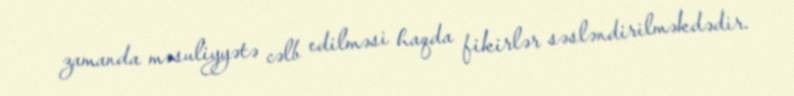
zamanda məsuliyyətə cəlb edilməsi haqda fikirlər səsləndirilməkdədir.